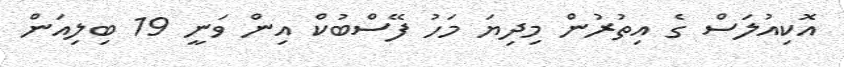
އޮކިއުލަސް ގެ އިތުރުން މިދިޔަ މަހު ފޭސްބުކް އިން ވަނީ 19 ބިލިއަން